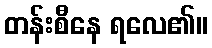
တန်းစီနေ ရလေ၏။